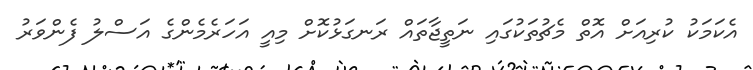
އެކަމަކު ކުރިއަށް އޮތް މެޗުތަކުގައި ނަތީޖާތައް ރަނގަޅުކޮށް މިއީ އަހަރެމެންގެ އަސްލު ފެންވަރު